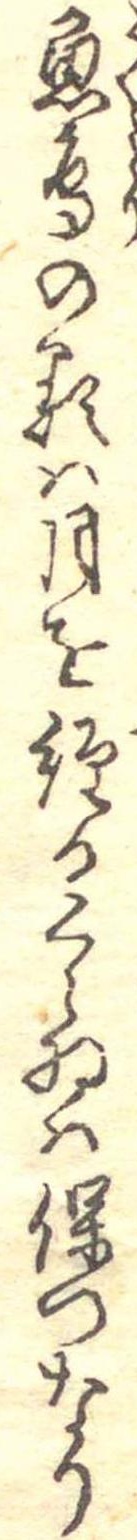
魚鳥の類は月を経るくらゐは保つなり